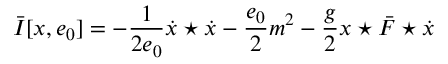
\bar { I } [ x , e _ { 0 } ] = - \frac { 1 } { 2 e _ { 0 } } \dot { x } \star \dot { x } - \frac { e _ { 0 } } { 2 } m ^ { 2 } - \frac { g } { 2 } x \star \bar { \cal F } \star \dot { x }